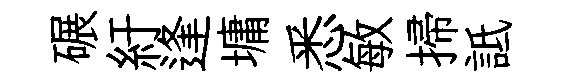
碾紆逢墉悉敏掃詆